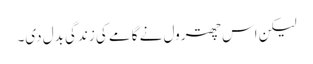
لیکن اس چھترول نے گامے کی زندگی بدل دی۔